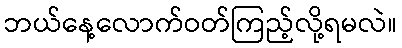
ဘယ်နေ့လောက်ဝတ်ကြည့်လို့ရမလဲ။